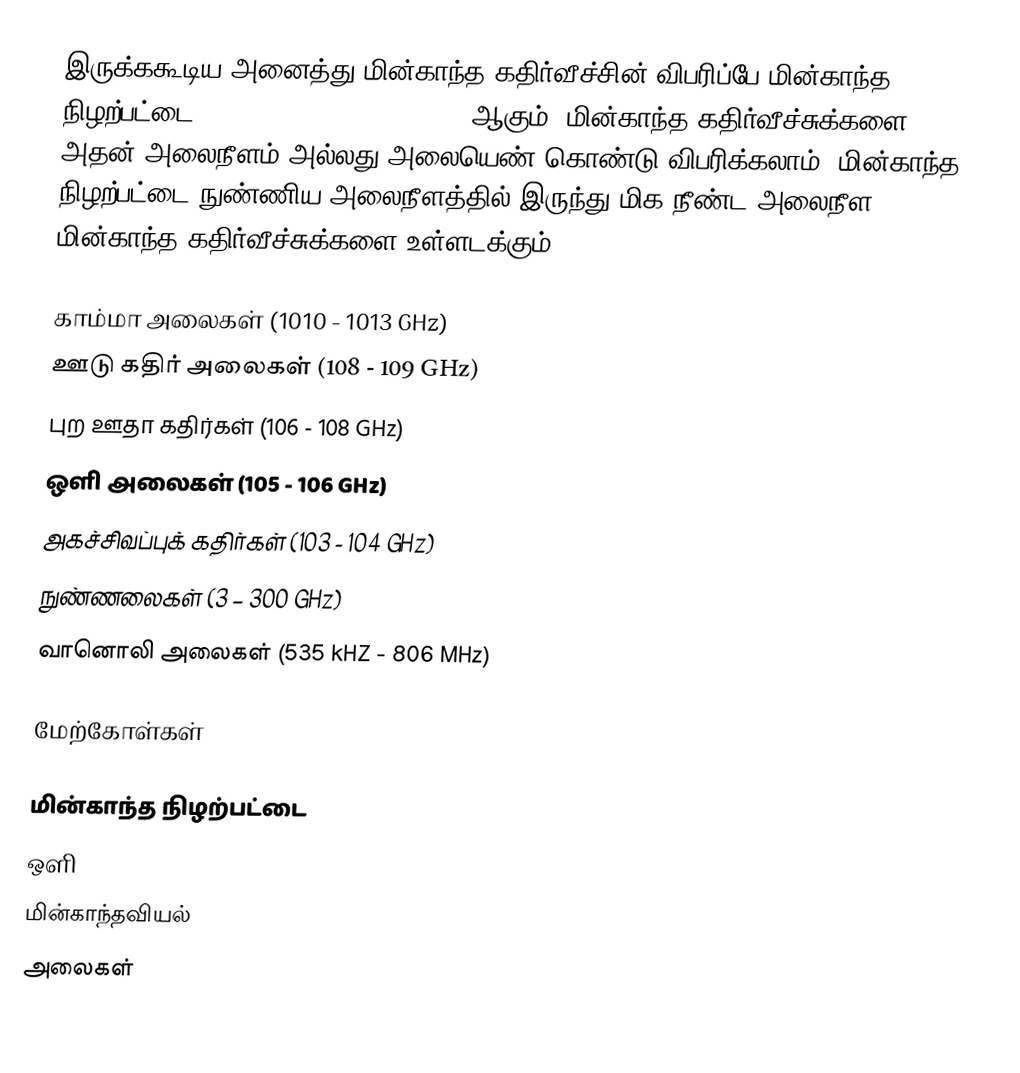
இருக்ககூடிய அனைத்து மின்காந்த கதிர்வீச்சின் விபரிப்பே மின்காந்த நிழற்பட்டை (Electromagnetic spectrum) ஆகும். மின்காந்த கதிர்வீச்சுக்களை அதன் அலைநீளம் அல்லது அலையெண் கொண்டு விபரிக்கலாம். மின்காந்த நிழற்பட்டை நுண்ணிய அலைநீளத்தில் இருந்து மிக நீண்ட அலைநீள மின்காந்த கதிர்வீச்சுக்களை உள்ளடக்கும்.

 காம்மா அலைகள் (1010 - 1013 GHz)
 ஊடு கதிர் அலைகள் (108 - 109 GHz)
 புற ஊதா கதிர்கள் (106 - 108 GHz)
 ஒளி அலைகள் (105 - 106 GHz)
 அகச்சிவப்புக் கதிர்கள் (103 - 104 GHz)
 நுண்ணலைகள் (3 – 300 GHz)
 வானொலி அலைகள் (535 kHZ - 806 MHz)

மேற்கோள்கள்

மின்காந்த நிழற்பட்டை
ஒளி
மின்காந்தவியல்
அலைகள்